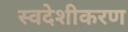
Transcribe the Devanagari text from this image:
स्वदेशीकरण